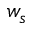
w _ { s }